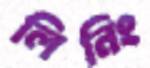
লিনিং